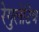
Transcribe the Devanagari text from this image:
रेगुलेटिव